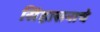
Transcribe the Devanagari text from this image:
सिंहासनाचे